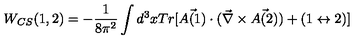
W _ { C S } ( 1 , 2 ) = - \frac { 1 } { 8 \pi ^ { 2 } } \int d ^ { 3 } x T r [ \vec { A ( 1 ) } \cdot ( \vec { \nabla } \times \vec { A ( 2 ) } ) + ( 1 \leftrightarrow 2 ) ]